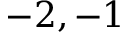
- 2 , - 1